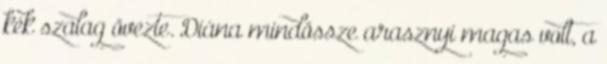
kék szalag övezte. Diána mindössze arasznyi magas volt, a